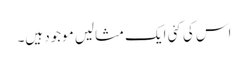
اس کی کئی ایک مثالیں موجود ہیں۔